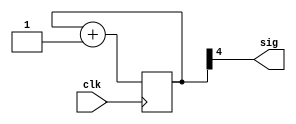
module DELITER(clk, sig);
input wire clk;
output wire sig;

parameter freq = 4;

reg [31:0] sum;

assign sig = sum[freq];

always @ (posedge clk) 
begin
	sum = sum + 1;
end
endmodule